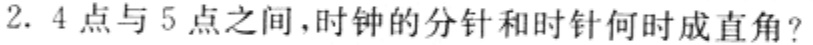
2. 4点与5点之间，时钟的分针和时针何时成直角？